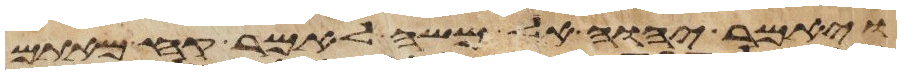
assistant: ויאמר יהוה אל משה לאמר קח מאתם